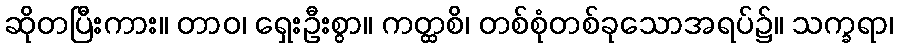
ဆိုတပြီးကား။ တာဝ၊ ရှေးဦးစွာ။ ကတ္ထစိ၊ တစ်စုံတစ်ခုသောအရပ်၌။ သက္ခရာ၊